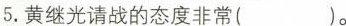
5.黄继光请战的态度非常( )。